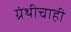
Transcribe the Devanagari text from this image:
ग्रंथीचाही